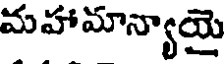
మహామాన్యాయై